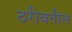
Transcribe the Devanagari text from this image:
ठरीवतील